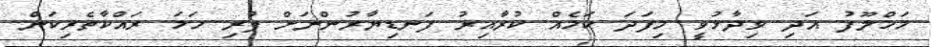
މަހްލޫފު އަދި ވިދާޅުވީ މިފަދަ ކަމެއް ކުރާއިރު ފަނޑިޔާރުންނަށް ފުރި ހަމަ ރައްކާތެރިކަން